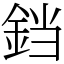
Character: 𫟰